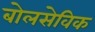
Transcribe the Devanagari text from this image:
बोलसेविक